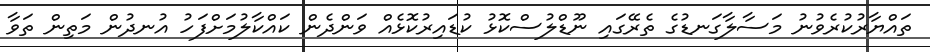
ތައްޔާރުކުރެވުނު މަސާލާގަނޑުގެ ތެރޭގައި ނޫޑްލުސްކޮޅު ކުޑައިރުކޮޅެއް ވަންދެން ކައްކާލުމަށްފަހު އުނދުން މަތިން ތަވާ